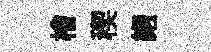
檜稧縆